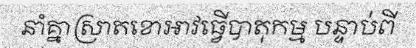
នាំគ្នាស្រាតខោអាវធ្វើបាតុកម្ម បន្ទាប់ពី